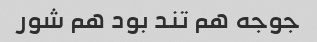
جوجه هم تند بود هم شور